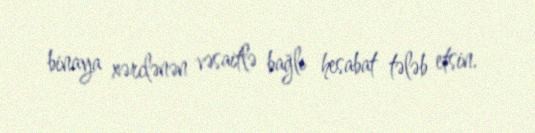
binaya xərclənən vəsaitlə bağlı hesabat tələb etsin.